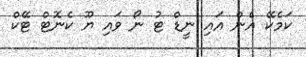
ކަމެކޭ އެން އައި ނީޑް ޓު ނޯ ވައި ޔޫ ކެނޮޓް ޓޭކް